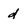
Character: d